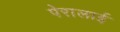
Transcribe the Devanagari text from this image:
पेरालाई